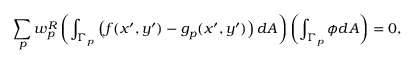
\sum _ { p } w _ { p } ^ { R } \left( \int _ { \Gamma _ { p } } \left( f ( x ^ { \prime } , y ^ { \prime } ) - g _ { p } ( x ^ { \prime } , y ^ { \prime } ) \right) d A \right) \left( \int _ { \Gamma _ { p } } \phi d A \right) = 0 ,